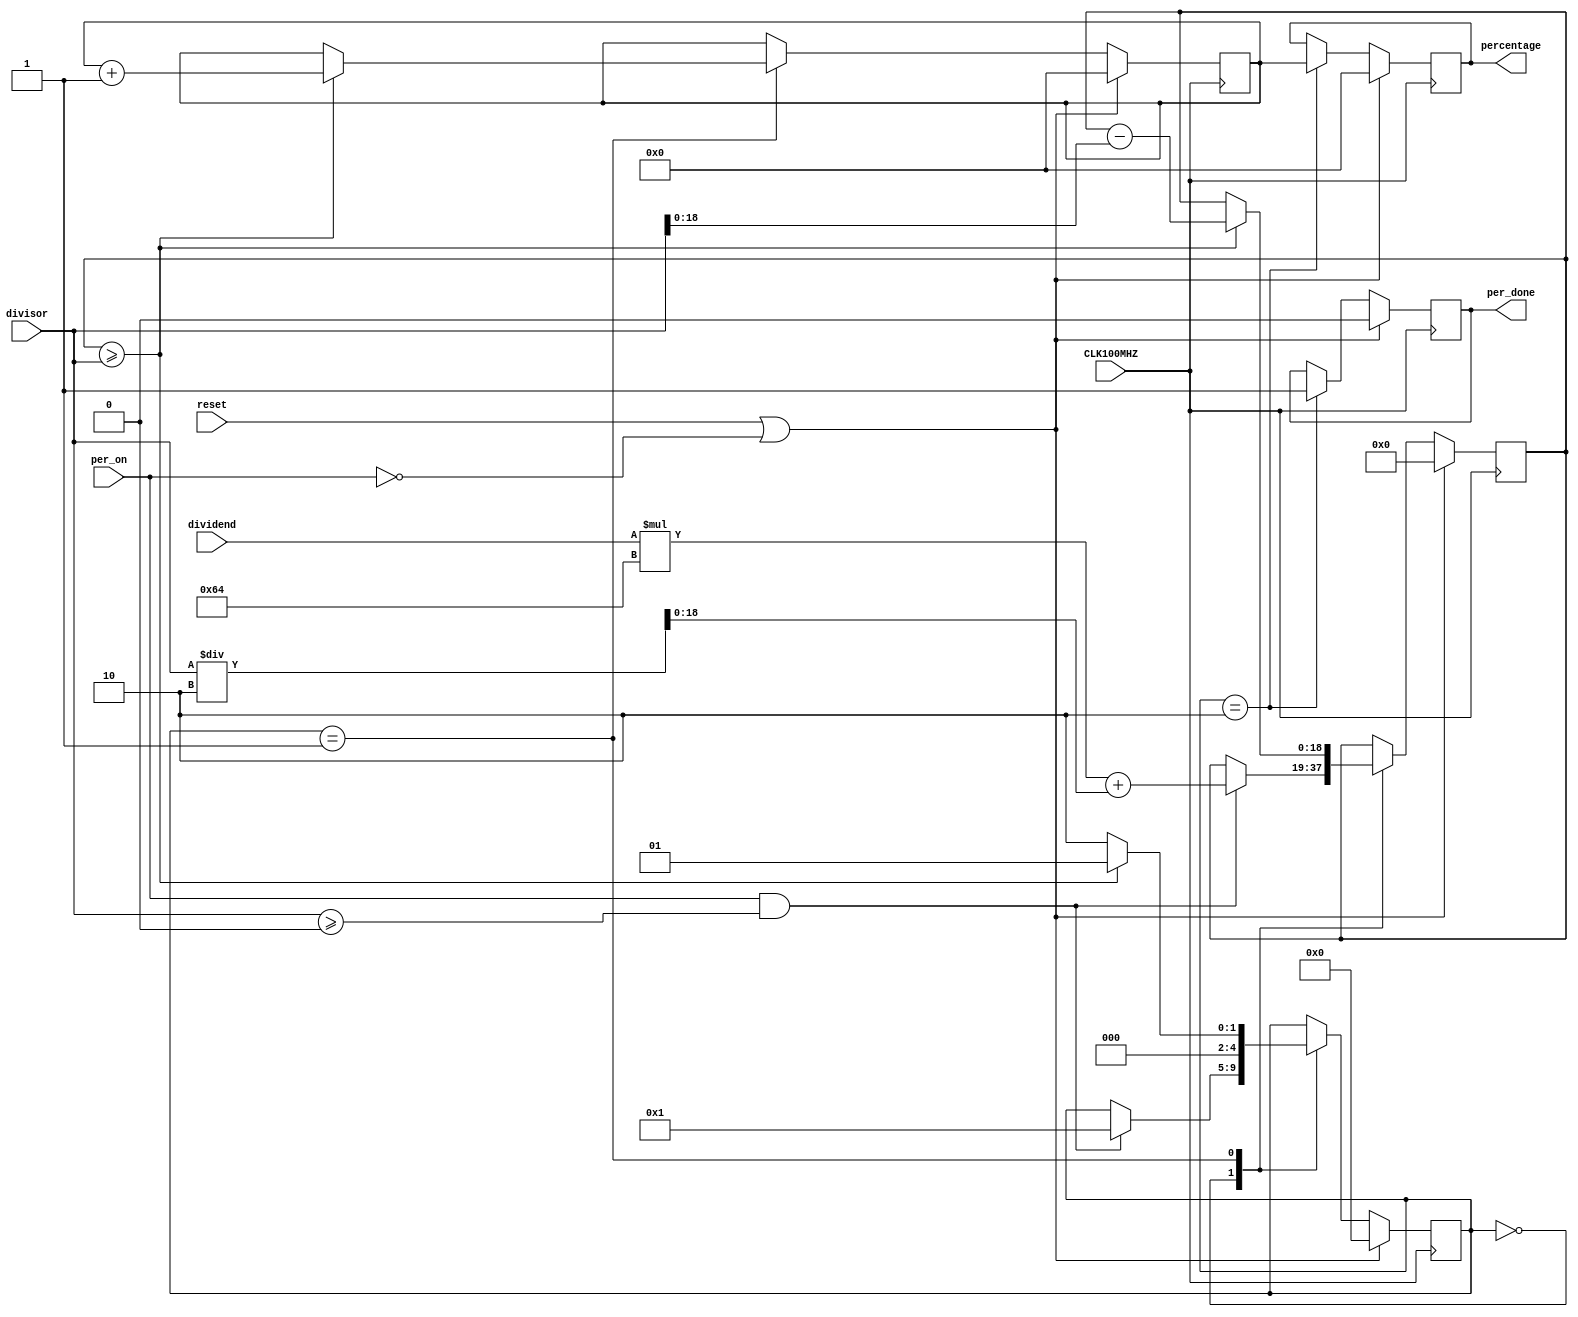
`timescale 1ns / 1ps
//////////////////////////////////////////////////////////////////////////////////
// Company: 
// Engineer: 
// 
// Design Name: 
// Module Name: PercentCalculator
// Project Name: 
// Target Devices: 
// Tool Versions: 
// Description: 
// 
// Dependencies: 
// 
// Revision:
// Revision 0.01 - File Created
// Additional Comments:
// 
//////////////////////////////////////////////////////////////////////////////////


module PercentCalculator(
     input CLK100MHZ,
     input reset,
     input [20:0] dividend,
     input [20:0] divisor,
     input per_on,
     output reg per_done = 0,
     output reg [9:0] percentage = 0
);
     reg [9:0] calc_per = 0;
     reg [4:0] state = 0;
     reg [18:0] sum = 0;
     parameter total       = 0,
               dividing    = 1,
               complete    = 2;

     always @ (posedge CLK100MHZ)
          if(reset || ~per_on) //reset if on signal is low
          begin
               state = 0;
               sum = 0;
               per_done = 0;
               calc_per = 0;
               percentage = 0;
          end
          else
          case(state)
               total:
                    if(per_on && divisor >= 0) //sum up the total to be subtracted from
                    begin
                         sum = dividend * 100 + divisor / 2;
                         state = dividing;
                    end
               dividing:
                    if(sum >= divisor) //repeat subtraction to mimic division
                    begin
                         sum = sum - divisor;
                         calc_per = calc_per + 1; //count each instance of subtraction
                         state = dividing;
                    end
                    else 
                    begin
                        state = complete;
                    end
               complete:
               begin
                    percentage = calc_per; //percentage is equal to the number of subtractions
                    per_done = 1;
               end
          endcase

endmodule